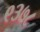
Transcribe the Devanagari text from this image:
९३७८